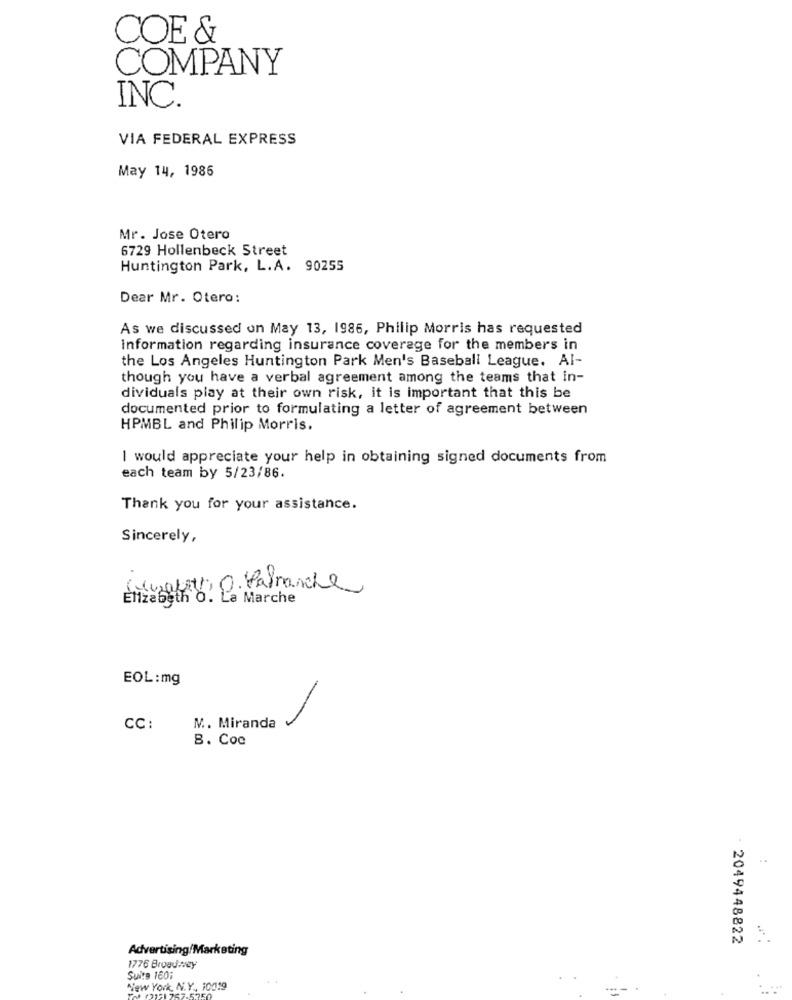
COE &
COMPANY
INC.
VIA FEDERAL EXPRESS
May 14, 1986
Mr. Jose Otero
6729 Hollenbeck Street
Huntington Park, L.A. 90255
Dear Mr. Otero:
As we discussed on May 13, 1986, Philip Morris has requested
information regarding insurance coverage for the members in
the Los Angeles Huntington Park Men's Baseball League. AI-
though you have a verbal agreement among the teams that in-
dividuals play at their own risk, it is important that this be
documented prior to formulating a letter of agreement between
HPMBL and Philip Morris.
I would appreciate your help in obtaining signed documents from
each team by 5/23/86.
Thank you for your assistance.
Sincerely,
(worth, O. Patranche
Elizabeth O. La Marche
EOL:mg
CC:
M. Miranda
B. Coc
: 2049448822
Advertising/Marketing
1776 Broadway
Suite 160;
New York, N.Y. 10019